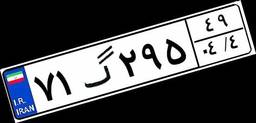
۰۱گ۸۱۴۵۳